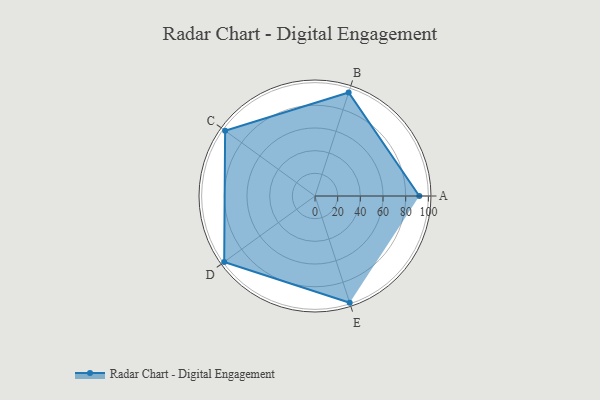
{"axis": {"x": "Skill", "y": "Score"}, "legend": ["Profile"], "data": [{"x": "A", "y": 92.0, "type": "Profile"}, {"x": "B", "y": 96.0, "type": "Profile"}, {"x": "C", "y": 98.0, "type": "Profile"}, {"x": "D", "y": 99, "type": "Profile"}, {"x": "E", "y": 99, "type": "Profile"}]}